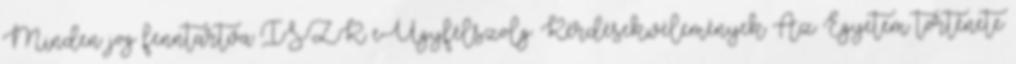
Minden jog fenntartva ISZK e-Ügyfélszolg. Kérdések,vélemények Az Egyetem története